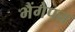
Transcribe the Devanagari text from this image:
भैंगेपन